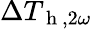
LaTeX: \Delta T_{\mathrm{~h~},2\omega}